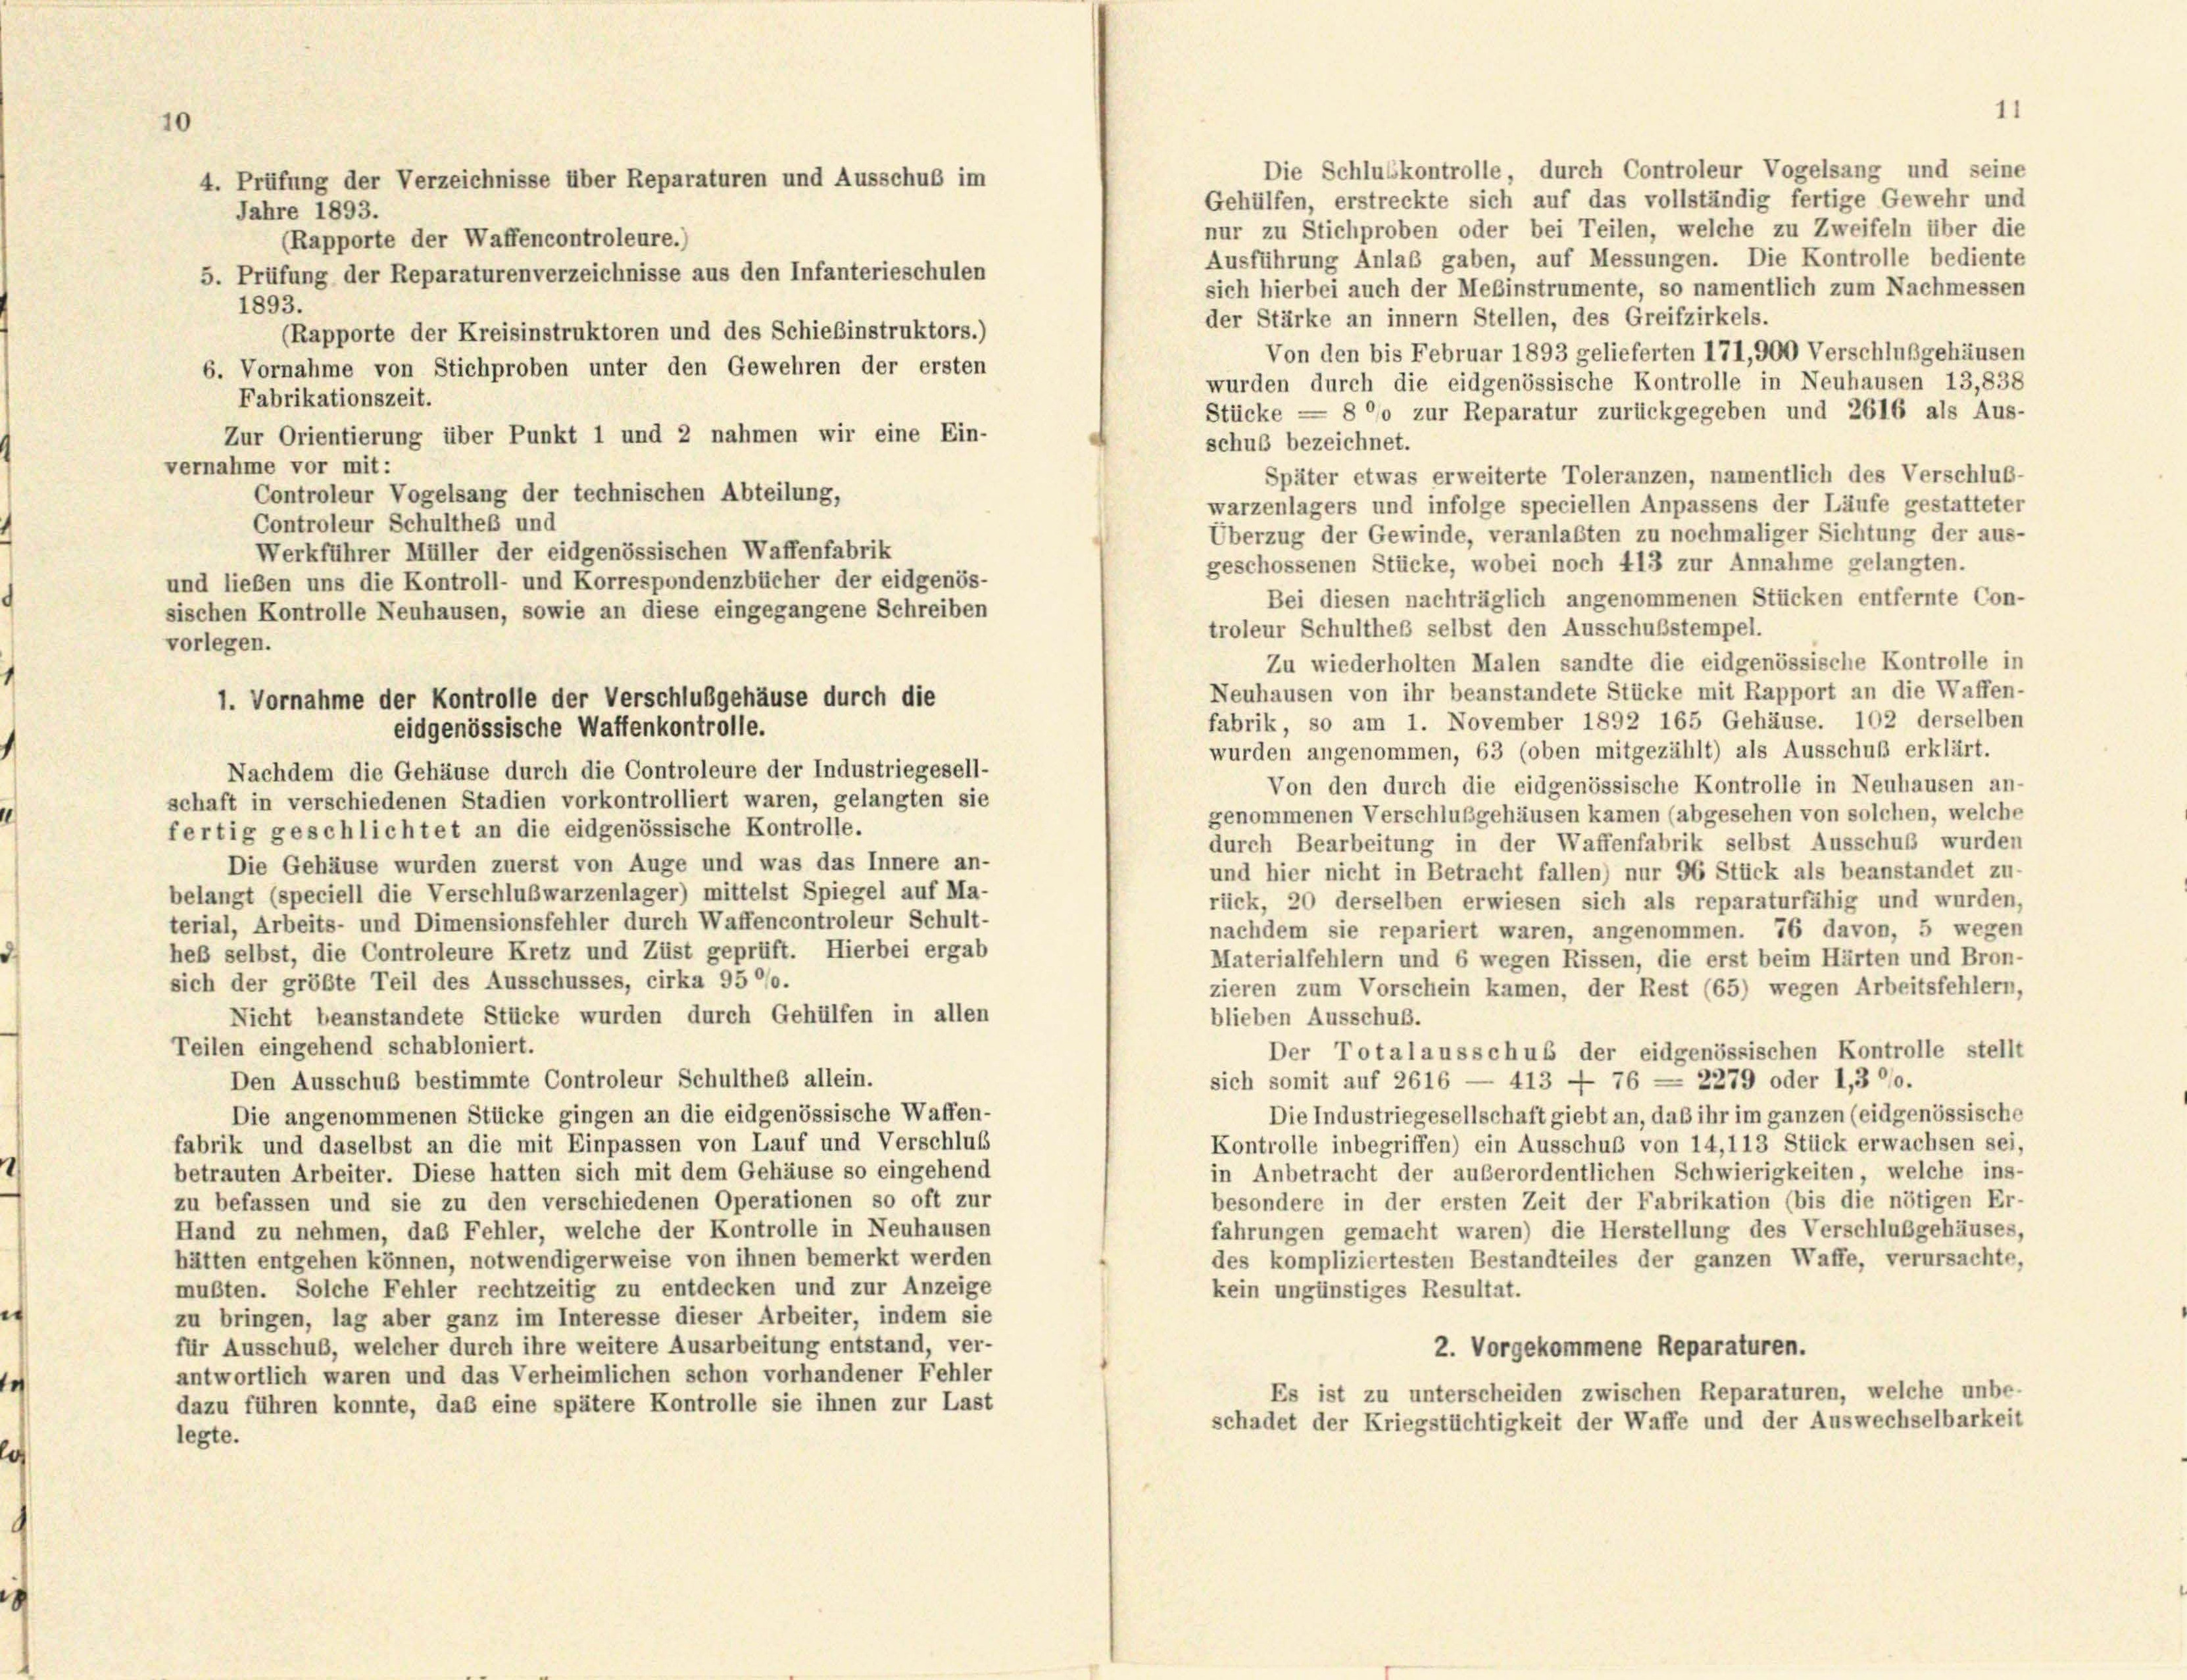
vorlegen.

Gehülfen, erstreckte sich auf das vollständig fertige Gewehr und
Jahre 1893.
nur zu Stichproben oder bei Teilen, welche zu Zweifeln über die
(Rapporte der Waffencontroleure.)
Ausführung Anlaß gaben, auf Messungen. Die Kontrolle bediente
5. Prüfung der Reparaturenverzeichnisse aus den Infanterieschulen
sich hierbei auch der Meßinstrumente, so namentlich zum Nachmessen
1893.
der Stärke an innern Stellen, des Greifzirkels.
Rapporte der Kreisinstruktoren und des Schießinstruktors.)
Von den bis Februar 1893 gelieferten 171,900 Verschlußgehäusen
6. Vornahme von Stichproben unter den Gewehren der ersten
wurden durch die eidgenössische Kontrolle in Neuhausen 13,838
Fabrikationszeit.
Stücke = 8 °/o zur Reparatur zurückgegeben und 2616 als Aus-
Zur Orientierung über Punkt 1 und 2 nahmen wir eine Ein-
schuß bezeichnet.
vernahme vor mit:
Später etwas erweiterte Toleranzen, namentlich des Verschluß-
Controleur Vogelsang der technischen Abteilung,
warzenlagers und infolge speciellen Anpassens der Läufe gestatteter
Controleur Schultheß und
Überzug der Gewinde, veranlaßten zu nochmaliger Sichtung der aus-
Werkführer Müller der eidgenössischen Waffenfabrik
geschossenen Stücke, wobei noch 413 zur Annahme gelangten.
und lieben uns die Kontroll- und Korrespondenzbücher der eidgenös-
Bei diesen nachträglich angenommenen Stücken entfernte Con-
sischen Kontrolle Neuhausen, sowie an diese eingegangene Schreiben
troleur Schultheß selbst den Ausschußstempel.
Zu wiederholten Malen sandte die eidgenössische Kontrolle in
Neuhausen von ihr beanstandete Stücke mit Rapport an die Waffen-
fabrik, so am 1. November 1892 165 Gehäuse. 102 derselben
eidgenössische Waffenkontrolle.
wurden angenommen, 63 (oben mitgezählt) als Ausschuß erklärt.
Nachdem die Gehäuse durch die Controleure der Industriegesell-
Von den durch die eidgenössische Kontrolle in Neuhausen an-
schaft in verschiedenen Stadien vorkontrolliert waren, gelangten sie
genommenen Verschlußgehäusen kamen (abgesehen von solchen, welche
fertig geschlichtet an die eidgenössische Kontrolle.
durch Bearbeitung in der Waffenfabrik selbst Ausschuß wurden
Die Gehäuse wurden zuerst von Auge und was das Innere an-
und hier nicht in Betracht fallen) nur 96 Stück als beanstandet zu-
belangt (speciell die Verschlußwarzenlager) mittelst Spiegel auf Ma-
rück, 20 derselben erwiesen sich als reparaturfähig und wurden,
terial, Arbeits- und Dimensionsfehler durch Waffencontroleur Schult-
nachdem sie repariert waren, angenommen. 76 davon, 5 wegen
heß selbst, die Controleure Kretz und Züst geprüft. Hierbei ergab
Materialfehlern und 6 wegen Rissen, die erst beim Härten und Bron-
sich der größte Teil des Ausschusses, cirka 9500.
zieren zum Vorschein kamen, der Rest (65) wegen Arbeitsfehlern,
blieben Ausschuß.
Nicht beanstandete Stücke wurden durch Gehülfen in allen
Teilen eingehend schabloniert.
Der Totalausschus der eidgenössischen Kontrolle stellt
Den Ausschuß bestimmte Controleur Schultheß allein.
sich somit auf 2616 — 413 — 76 = 2279 oder 1,300.
Die angenommenen Stücke gingen an die eidgenössische Waffen-
Die Industriegesellschaft giebt an, daß ihr im ganzen (eidgenössische
fabrik und daselbst an die mit Einpassen von Lauf und Verschluß
Kontrolle inbegriffen) ein Ausschuß von 14,113 Stück erwachsen sei,
in Anbetracht der außerordentlichen Schwierigkeiten, welche ins-
betrauten Arbeiter. Diese hatten sich mit dem Gehäuse so eingehend
besondere in der ersten Zeit der Fabrikation (bis die nötigen Er-
zu befassen und sie zu den verschiedenen Operationen so oft zur
Hand zu nehmen, das Fehler, welche der Kontrolle in Neuhausen
fahrungen gemacht waren) die Herstellung des Verschlußgehäuses,
hätten entgehen können, notwendigerweise von ihnen bemerkt werden
des kompliziertesten Bestandteiles der ganzen Waffe, verursachte,
mußten. Solche Fehler rechtzeitig zu entdecken und zur Anzeige
kein ungünstiges Resultat.
zu bringen, lag aber ganz im Interesse dieser Arbeiter, indem sie
für Ausschuß, welcher durch ihre weitere Ausarbeitung entstand, ver-
2. Vorgekommene Reparaturen.
antwortlich waren und das Verheimlichen schon vorhandener Fehler
Es ist zu unterscheiden zwischen Reparaturen, welche unbe-
dazu führen konnte, das eine spätere Kontrolle sie ihnen zur Last
schadet der Kriegstüchtigkeit der Waffe und der Auswechselbarkeit
legte.

1. Vornahme der Kontrolle der Verschlußgehäuse durch die

4. Prüfung der Verzeichnisse über Reparaturen und Ausschuß im

Die Schlusskontrolle, durch Controleur Vogelsang und seine